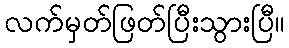
လက်မှတ်ဖြတ်ပြီးသွားပြီ။